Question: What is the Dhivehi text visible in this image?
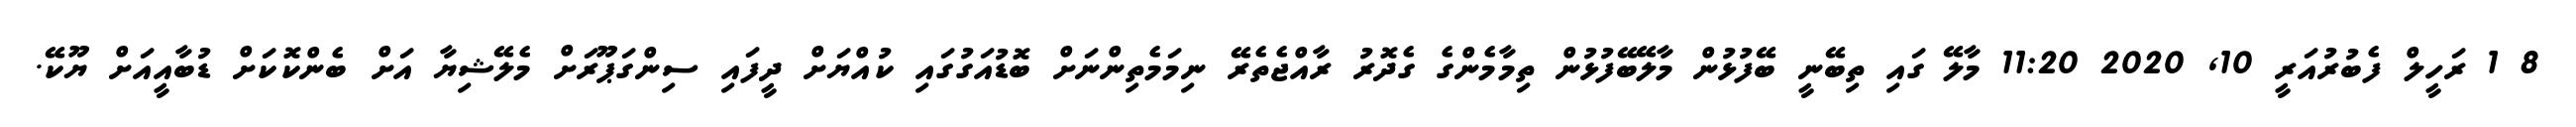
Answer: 8 1 ރަހީލް ފެބުރުއަރީ 10, 2020 11:20 މާލޭ ގައި ތިބޭނީ ބޭފުޅުން މާލޭބޭފުޅުން ތިމާމެންގެ ގެދޮރު ރާއްޖެތެރޭ ނިމަމެތިންނަށް ބޮޑުއަގުގައި ކުއްޔަށް ދީފައި ސިންގަޕޫރަށް މެލޭޝިޔާ އަށް ބެންކޮކަށް ޑުބާއީއަށް ޔޫކޭ.